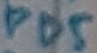
Text: PD5